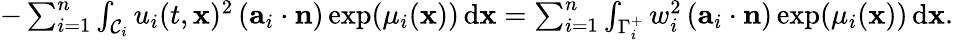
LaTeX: \begin{array}{r}{-\sum_{i=1}^{n}\int_{\mathcal{C}_{i}}u_{i}(t,\mathbf{x})^{2}\left(\mathbf{a}_{i}\cdot\mathbf{n}\right)\exp(\mu_{i}(\mathbf{x}))\, \textup{d}\mathbf{x}=\sum_{i=1}^{n}\int_{\Gamma_{i}^{+}}w_{i}^{2}\left(\mathbf{a}_{i}\cdot\mathbf{n}\right)\exp(\mu_{i}(\mathbf{x}))\, \textup{d}\mathbf{x}.}\end{array}